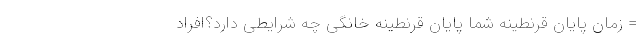
= زمان پایان قرنطینهٔ شما پایان قرنطینه خانگی چه شرایطی دارد؟افراد